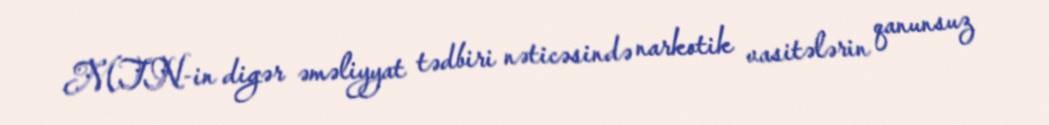
MTN-in digər əməliyyat tədbiri nəticəsində narkotik vasitələrin qanunsuz